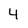
Character: 4